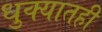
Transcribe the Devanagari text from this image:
धुक्यातही